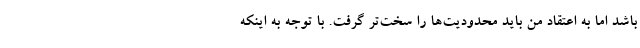
باشد اما به اعتقاد من باید محدودیت‌ها را سخت‌تر گرفت. با توجه به اینکه